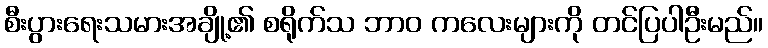
စီးပွားရေးသမားအချို့၏ စရိုက်သ ဘာဝ ကလေးများကို တင်ပြပါဦးမည်။